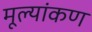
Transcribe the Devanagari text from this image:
मूल्यांकण